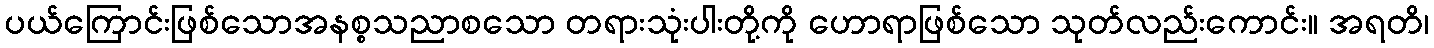
ပယ်ကြောင်းဖြစ်သောအနစ္စသညာစသော တရားသုံးပါးတို့ကို ဟောရာဖြစ်သော သုတ်လည်းကောင်း။ အရတိ၊